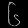
Digit: ၆